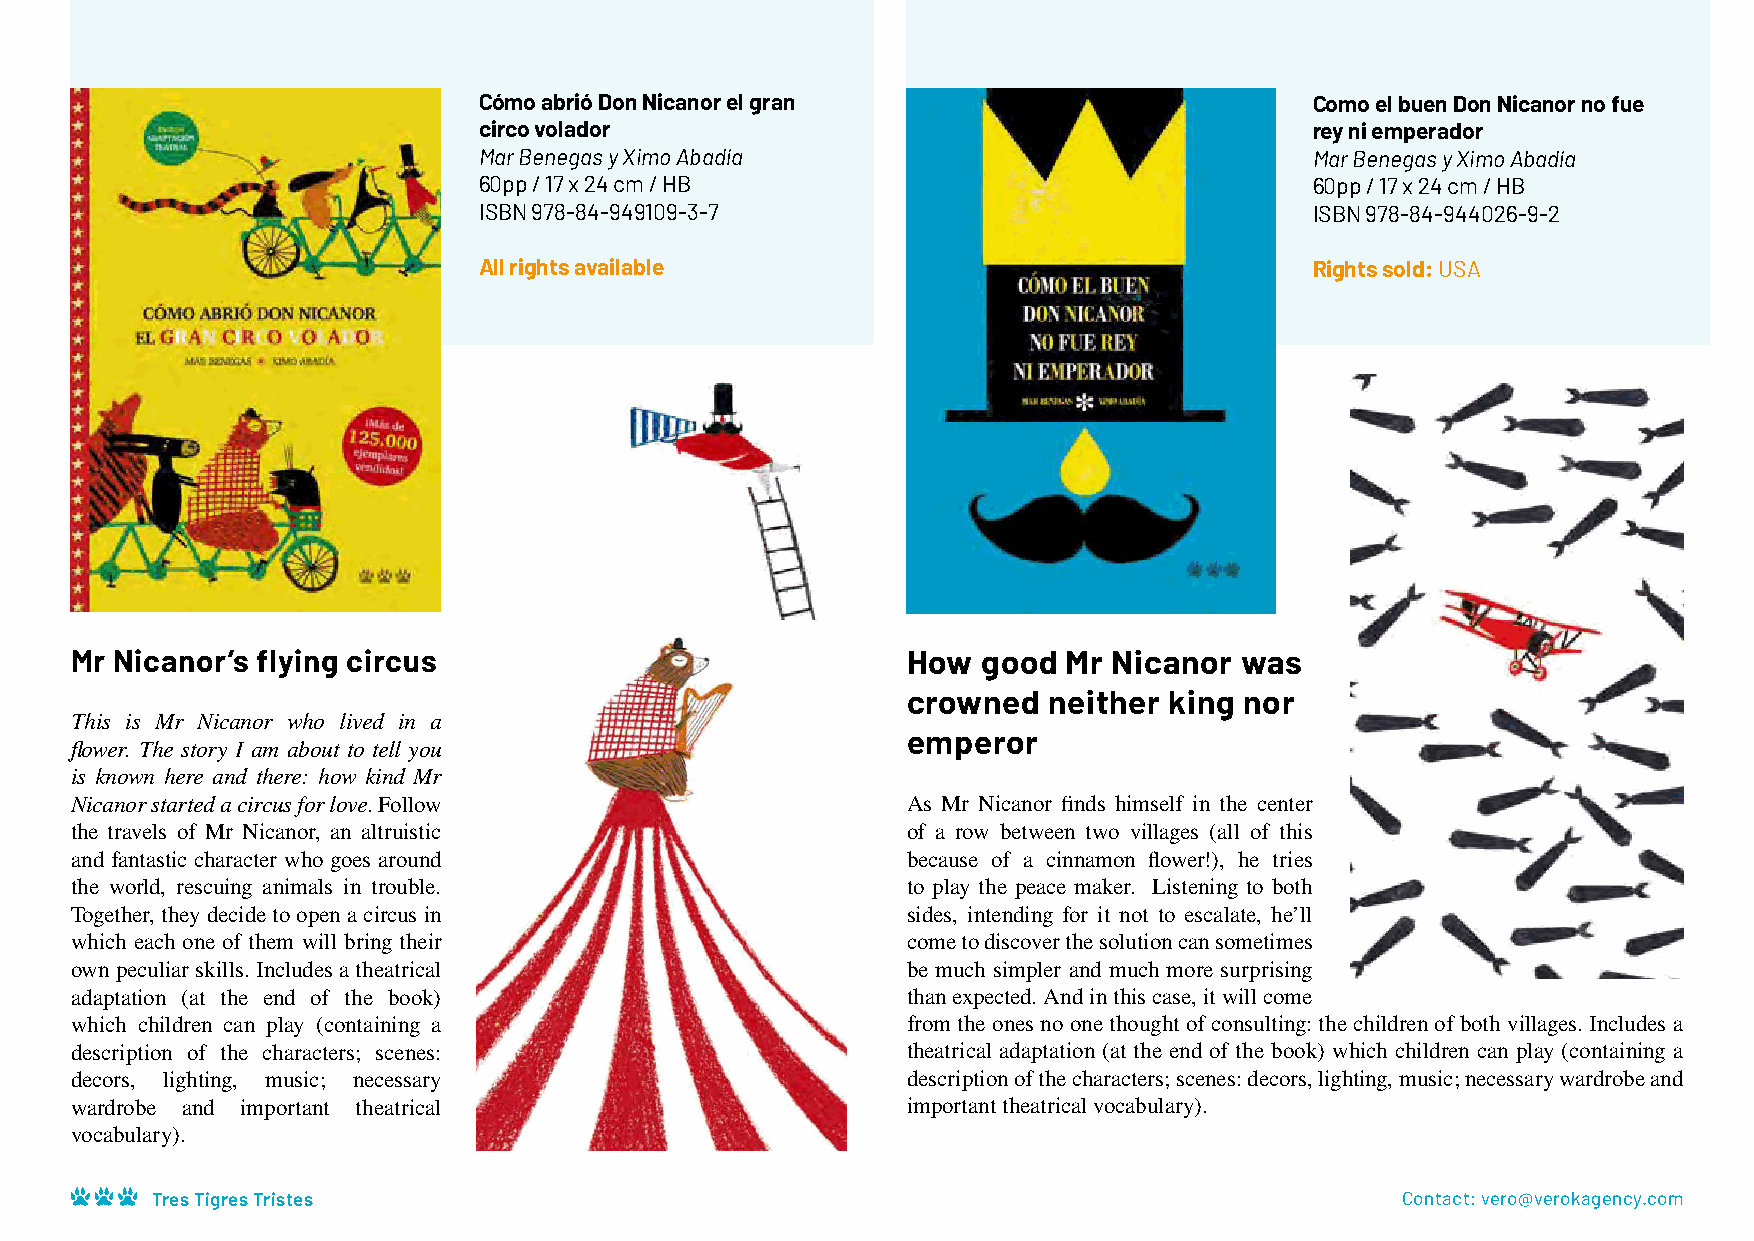
Cómo abrió Don Nicanor el gran                         Como el buen Don Nicanor no fue
 circo volador                                          rey ni emperador
 Mar Benegas y Ximo Abadía                              Mar Benegas y Ximo Abadía
 60pp / 17 x 24 cm / HB                                 60pp / 17 x 24 cm / HB
 ISBN 978-84-949109-3-7                                 ISBN 978-84-944026-9-2
 All rights available                                   Rights sold: USA
 Mr Nicanor’s flying circus                             How  good  Mr Nicanor was
 crowned  neither king nor
 This is Mr Nicanor who lived in a
 emperor
 flower. The story I am about to tell you
 is known here and there: how kind Mr
 Nicanor started a circus for love. Follow              As Mr Nicanor finds himself in the center
 the travels of Mr Nicanor, an altruistic               of a row between two villages (all of this
 and fantastic character who goes around                because of a cinnamon flower!), he tries
 the world, rescuing animals in trouble.                to play the peace maker. Listening to both
 Together, they decide to open a circus in              sides, intending for it not to escalate, he’ll
 which each one of them will bring their                come to discover the solution can sometimes
 own peculiar skills. Includes a theatrical             be much simpler and much more surprising
 adaptation (at the end of the book)                    than expected. And in this case, it will come
 which children can play (containing a                  from the ones no one thought of consulting: the children of both villages. Includes a
 description of the characters; scenes:                 theatrical adaptation (at the end of the book) which children can play (containing a
 decors, lighting, music; necessary                     description of the characters; scenes: decors, lighting, music; necessary wardrobe and
 wardrobe and important theatrical                      important theatrical vocabulary).
 vocabulary).
 Tres Tigres Tristes                                                                Contact: vero@verokagency.com